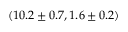
( 1 0 . 2 \pm 0 . 7 , 1 . 6 \pm 0 . 2 )